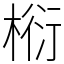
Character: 椼